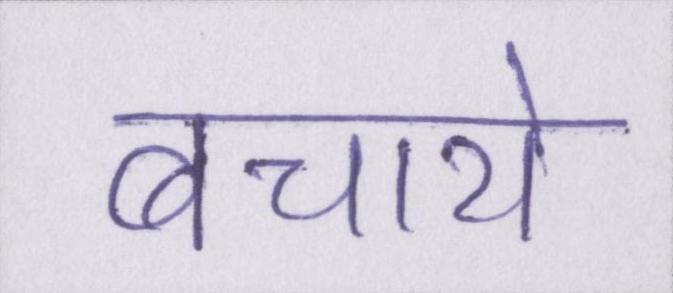
बचाये